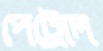
পেট্রোল